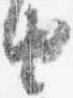
由